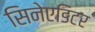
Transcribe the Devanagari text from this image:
सिनेएडिटर